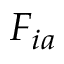
F _ { i a }